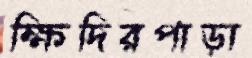
ক্ষিদিরপাড়া